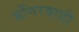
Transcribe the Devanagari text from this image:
डोंगरवाडी